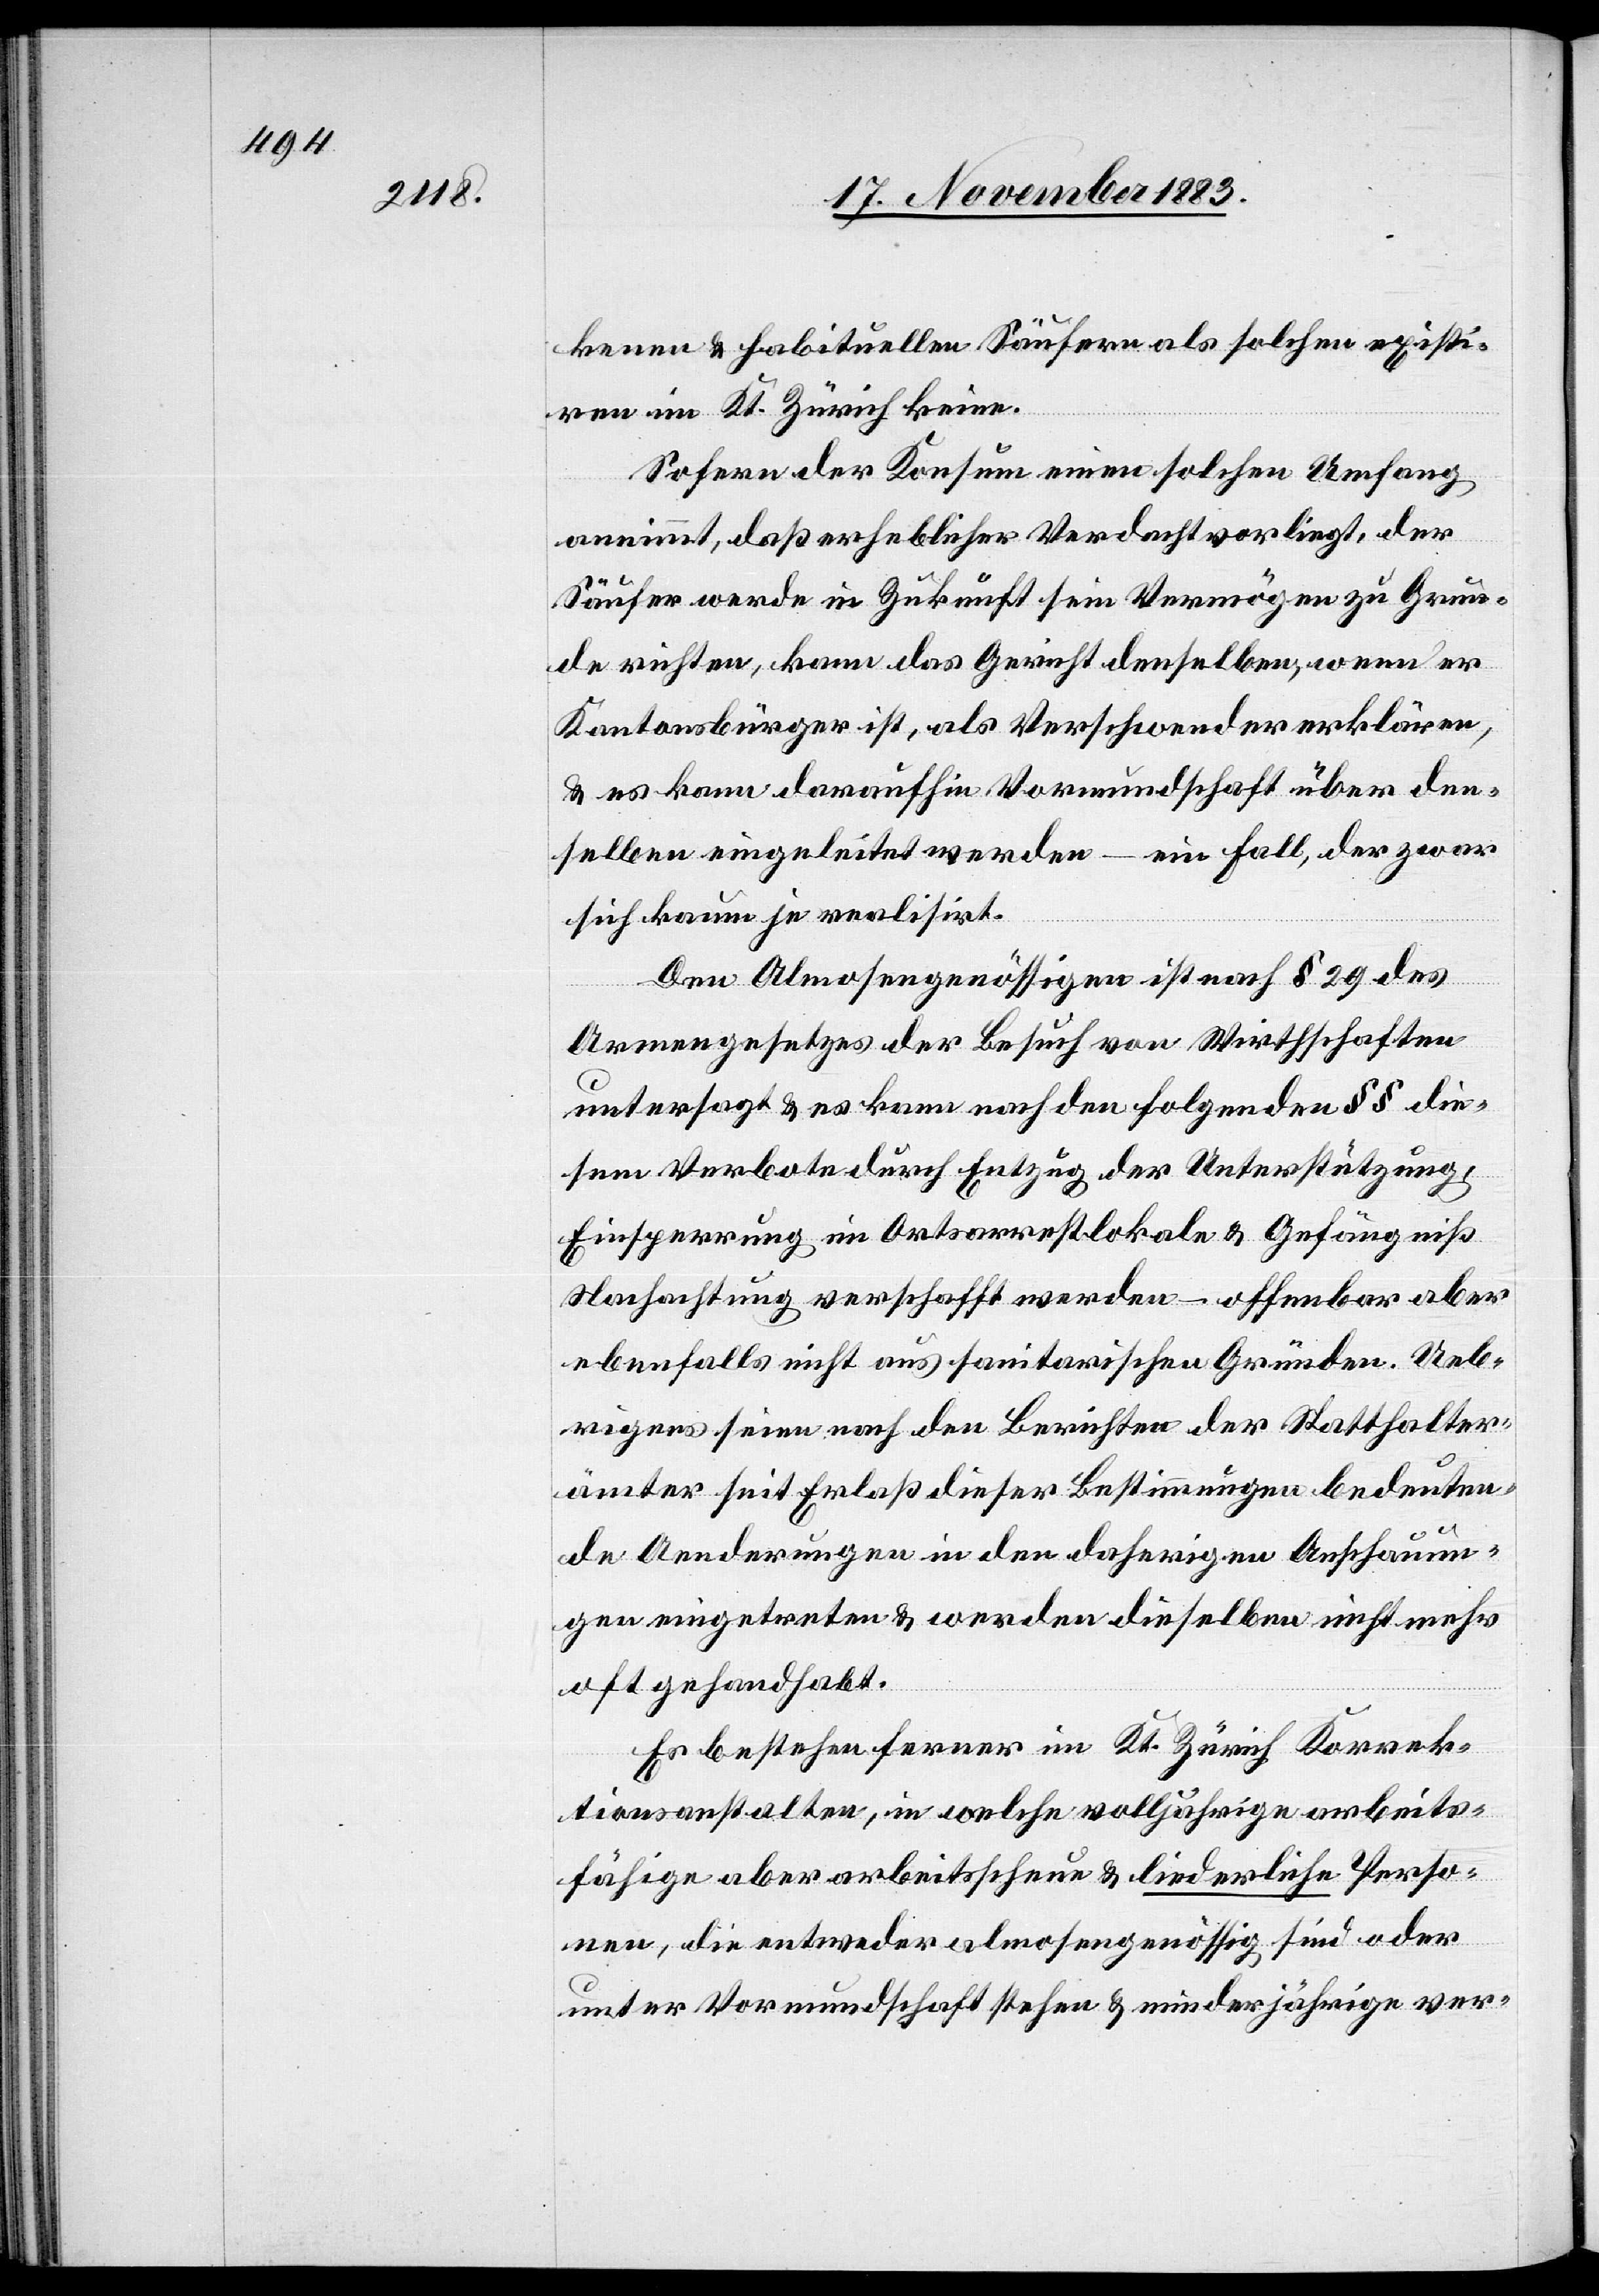
kenen & habituellen Säufern als solchen existi¬
ren im Kt. Zürich keine.
Sofern der Konsum einen solchen Umfang
annimmt, daß erheblicher Verdacht vorliegt, der
Säufer werde in Zukunft sein Vermögen zu Grun¬
de richten, kann das Gericht denselben, wenn er
Kantonsbürger ist, als Verschwender erklären,
& es kann daraufhin Vormundschaft über den¬
selben eingeleitet werden – ein Fall, der zwar
sich kaum je realisirt.
Den Almosengenössigen ist nach § 29 des
Armengesetzes der Besuch von Wirthschaften
untersagt & es kann nach den folgenden §§ die¬
sem Verbote durch Entzug der Unterstützung,
Einsperrung im Ortsarrestlokale & Gefängniß
Nichtachtung verschafft werden – offenbar aber
ebenfalls nicht aus sanitarischen Gründen. Ueb¬
rigens seien nach den Berichten der Statthalter¬
ämter seit Erlaß dieser Bestimmungen bedeuten¬
de Aenderungen in den daherigen Anschauun¬
gen eingetreten & werden dieselben nicht mehr
oft gehandhabt.
Es bestehen ferner im Kt. Zürich Korrek¬
tionsanstalten, in welche volljährige arbeits¬
fähige aber arbeitsscheue & liederliche Perso¬
nen, die entweder almosengenössig sind oder
unter Vormundschaft stehen & minderjährige ver-